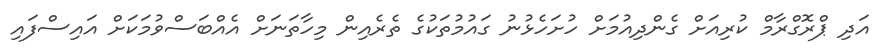
އަދި ޕްރޮގްރާމް ކުރިއަށް ގެންދިއުމަށް ހުށަހެޅުނު ގައުމުތަކުގެ ތެރެއިން މިހާތަނަށް އެއްބަސްވުމަކަށް އައިސްފައި